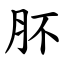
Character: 肧